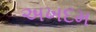
અખદમ